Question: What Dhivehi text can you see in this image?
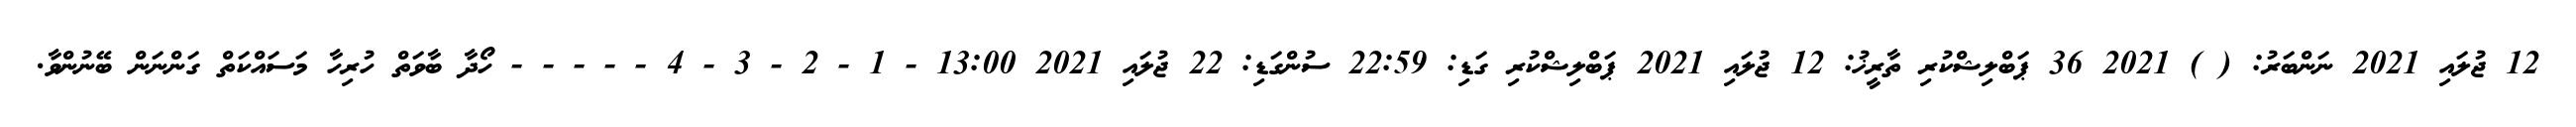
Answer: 12 ޖުލައި 2021 ނަންބަރު: ( ) 2021 36 ޕަބްލިޝްކުރި ތާރީޚު: 12 ޖުލައި 2021 ޕަބްލިޝްކުރި ގަޑި: 22:59 ސުންގަޑި: 22 ޖުލައި 2021 13:00 - 1 - 2 - 3 - 4 - - - - - ހޯދާ ބާވަތް ހުރިހާ މަސައްކަތް ގަންނަން ބޭނުންވާ.